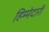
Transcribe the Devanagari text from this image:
हिम्मेदारी